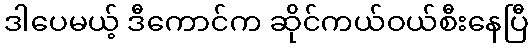
ဒါပေမယ့် ဒီကောင်က ဆိုင်ကယ်ဝယ်စီးနေပြီ